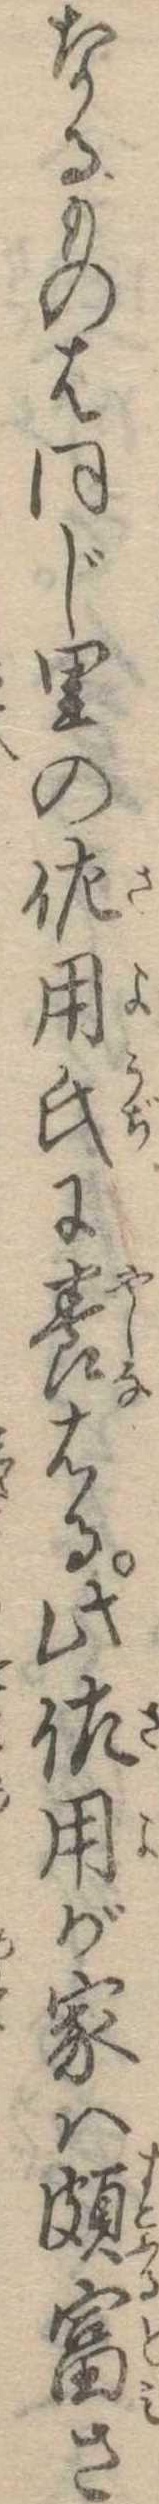
なるものは同じ里の佐用氏に養はる此佐用が家は頗富さ